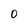
Character: 0